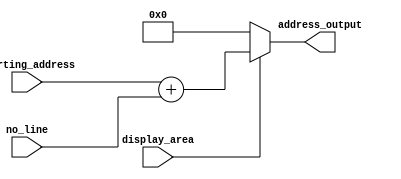
module correct_line(no_line,display_area,starting_address,address_output);
input [5:0]starting_address;
input [3:0]no_line;
input display_area;
output [5:0]address_output;

//an den eimasrte sthn energo perioxi bgazv 0 gia mayro
assign address_output=(display_area) ? starting_address+no_line:0;
endmodule